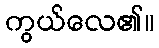
ကွယ်လေ၏။